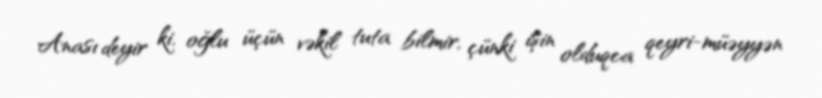
Anası deyir ki, oğlu üçün vəkil tuta bilmir, çünki işin olduqca qeyri-müəyyən